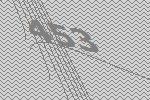
453